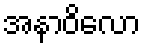
အနာဝိလော